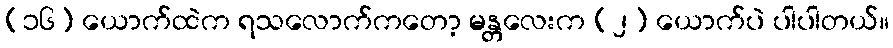
(၁၆) ယောက်ထဲက ရသလောက်ကတော့ မန္တလေးက (၂) ယောက်ပဲ ပါပါတယ်။